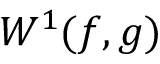
W ^ { 1 } ( f , g )